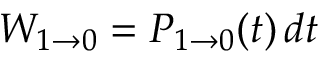
W _ { 1 \rightarrow 0 } = P _ { 1 \rightarrow 0 } ( t ) \, d t